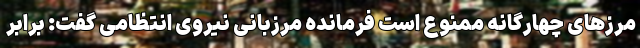
مرزهای چهارگانه ممنوع است فرمانده مرزبانی نیروی انتظامی گفت: برابر